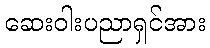
ဆေးဝါးပညာရှင်အား